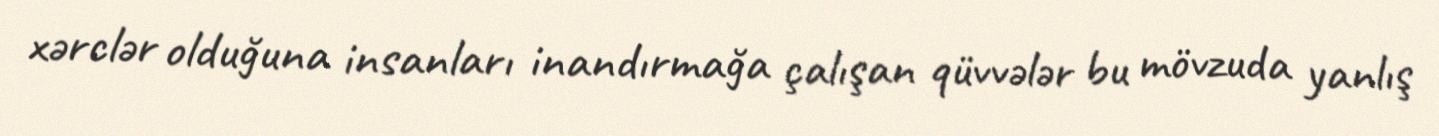
xərclər olduğuna insanları inandırmağa çalışan qüvvələr bu mövzuda yanlış